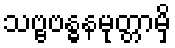
သဗ္ဗဗန္ဓနမုတ္တာမှိ